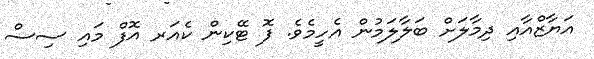
އަޔާޒްއާއި ދިމާލަށް ބަލާލަމުން އެހީމެވެ. ފޮ ޓޭކިން ކެއަރ އޮފް މައި ސިސް